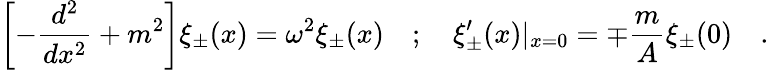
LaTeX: \left[-\frac{d^{2}}{dx^{2}}+m^{2}\right]\xi_{\pm}(x)=\omega^{2}\xi_{\pm}(x)\quad;\quad\xi_{\pm}^{\prime}(x)|_{x=0}=\mp\frac{m}{A}\xi_{\pm}(0)\quad.